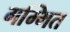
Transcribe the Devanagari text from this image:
गम्भित